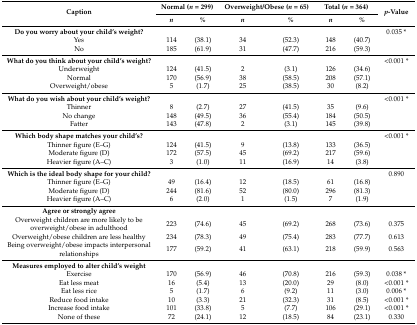
<table><thead><tr><td rowspan="2"><b>Caption</b></td><td colspan="2"><b>Normal (<i>n</i> = 299)</b></td><td colspan="2"><b>Overweight/Obese (<i>n</i> = 65)</b></td><td colspan="2"><b>Total (<i>n</i> = 364)</b></td><td rowspan="2"><b><i>p</i>-Value</b></td></tr><tr><td><b><i>n</i></b></td><td><b><i>%</i></b></td><td><b><i>n</i></b></td><td><b><i>%</i></b></td><td><b><i>n</i></b></td><td><b><i>%</i></b></td></tr></thead><tbody><tr><td><b>Do you worry about your child’s weight?</b></td><td></td><td></td><td></td><td></td><td></td><td></td><td>0.035 *</td></tr><tr><td>Yes</td><td>114</td><td>(38.1)</td><td>34</td><td>(52.3)</td><td>148</td><td>(40.7)</td><td></td></tr><tr><td>No</td><td>185</td><td>(61.9)</td><td>31</td><td>(47.7)</td><td>216</td><td>(59.3)</td><td></td></tr><tr><td><b>What do you think about your child’s weight?</b></td><td></td><td></td><td></td><td></td><td></td><td></td><td>&lt;0.001 *</td></tr><tr><td>Underweight</td><td>124</td><td>(41.5)</td><td>2</td><td>(3.1)</td><td>126</td><td>(34.6)</td><td></td></tr><tr><td>Normal</td><td>170</td><td>(56.9)</td><td>38</td><td>(58.5)</td><td>208</td><td>(57.1)</td><td></td></tr><tr><td>Overweight/obese</td><td>5</td><td>(1.7)</td><td>25</td><td>(38.5)</td><td>30</td><td>(8.2)</td><td></td></tr><tr><td><b>What do you wish about your child’s weight?</b></td><td></td><td></td><td></td><td></td><td></td><td></td><td>&lt;0.001 *</td></tr><tr><td>Thinner</td><td>8</td><td>(2.7)</td><td>27</td><td>(41.5)</td><td>35</td><td>(9.6)</td><td></td></tr><tr><td>No change</td><td>148</td><td>(49.5)</td><td>36</td><td>(55.4)</td><td>184</td><td>(50.5)</td><td></td></tr><tr><td>Fatter</td><td>143</td><td>(47.8)</td><td>2</td><td>(3.1)</td><td>145</td><td>(39.8)</td><td></td></tr><tr><td><b>Which body shape matches your child’s?</b></td><td></td><td></td><td></td><td></td><td></td><td></td><td>&lt;0.001 *</td></tr><tr><td>Thinner figure (E–G)</td><td>124</td><td>(41.5)</td><td>9</td><td>(13.8)</td><td>133</td><td>(36.5)</td><td></td></tr><tr><td>Moderate figure (D)</td><td>172</td><td>(57.5)</td><td>45</td><td>(69.2)</td><td>217</td><td>(59.6)</td><td></td></tr><tr><td>Heavier figure (A–C)</td><td>3</td><td>(1.0)</td><td>11</td><td>(16.9)</td><td>14</td><td>(3.8)</td><td></td></tr><tr><td><b>Which is the ideal body shape for your child?</b></td><td></td><td></td><td></td><td></td><td></td><td></td><td>0.890</td></tr><tr><td>Thinner figure (E–G)</td><td>49</td><td>(16.4)</td><td>12</td><td>(18.5)</td><td>61</td><td>(16.8)</td><td></td></tr><tr><td>Moderate figure (D)</td><td>244</td><td>(81.6)</td><td>52</td><td>(80.0)</td><td>296</td><td>(81.3)</td><td></td></tr><tr><td>Heavier figure (A–C)</td><td>6</td><td>(2.0)</td><td>1</td><td>(1.5)</td><td>7</td><td>(1.9)</td><td></td></tr><tr><td><b>Agree or strongly agree</b></td><td></td><td></td><td></td><td></td><td></td><td></td><td></td></tr><tr><td>Overweight children are more likely to be overweight/obese in adulthood</td><td>223</td><td>(74.6)</td><td>45</td><td>(69.2)</td><td>268</td><td>(73.6)</td><td>0.375</td></tr><tr><td>Overweight/obese children are less healthy</td><td>234</td><td>(78.3)</td><td>49</td><td>(75.4)</td><td>283</td><td>(77.7)</td><td>0.613</td></tr><tr><td>Being overweight/obese impacts interpersonal relationships</td><td>177</td><td>(59.2)</td><td>41</td><td>(63.1)</td><td>218</td><td>(59.9)</td><td>0.563</td></tr><tr><td><b>Measures employed to alter child’s weight</b></td><td></td><td></td><td></td><td></td><td></td><td></td><td></td></tr><tr><td>Exercise</td><td>170</td><td>(56.9)</td><td>46</td><td>(70.8)</td><td>216</td><td>(59.3)</td><td>0.038 *</td></tr><tr><td>Eat less meat</td><td>16</td><td>(5.4)</td><td>13</td><td>(20.0)</td><td>29</td><td>(8.0)</td><td>&lt;0.001 *</td></tr><tr><td>Eat less rice</td><td>5</td><td>(1.7)</td><td>6</td><td>(9.2)</td><td>11</td><td>(3.0)</td><td>0.006 *</td></tr><tr><td>Reduce food intake</td><td>10</td><td>(3.3)</td><td>21</td><td>(32.3)</td><td>31</td><td>(8.5)</td><td>&lt;0.001 *</td></tr><tr><td>Increase food intake</td><td>101</td><td>(33.8)</td><td>5</td><td>(7.7)</td><td>106</td><td>(29.1)</td><td>&lt;0.001 *</td></tr><tr><td>None of these</td><td>72</td><td>(24.1)</td><td>12</td><td>(18.5)</td><td>84</td><td>(23.1)</td><td>0.330</td></tr></tbody></table>